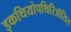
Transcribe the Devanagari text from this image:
इकथियोपथिरिऑसिस